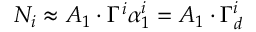
N _ { i } \approx A _ { 1 } \cdot \Gamma ^ { i } \alpha _ { 1 } ^ { i } = A _ { 1 } \cdot \Gamma _ { d } ^ { i }